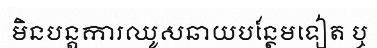
មិនបន្តការឈូសឆាយបន្ថែមទៀត ឬ